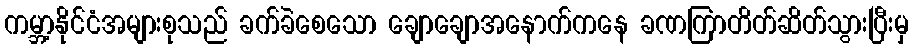
ကမ္ဘာ့နိုင်ငံအများစုသည် ခက်ခဲစေသော ချောချောအနောက်ကနေ ခဏကြာတိတ်ဆိတ်သွားပြီးမှ